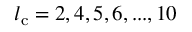
l _ { \mathrm { c } } = 2 , 4 , 5 , 6 , . . . , 1 0